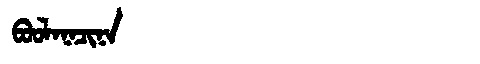
Manchu: ᠪᠣᠣᠯᠠᠨᠠᠴᡳᠨᠠ
Romanization: BOOLANACINA